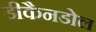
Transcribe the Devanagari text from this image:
डीकैनडोल